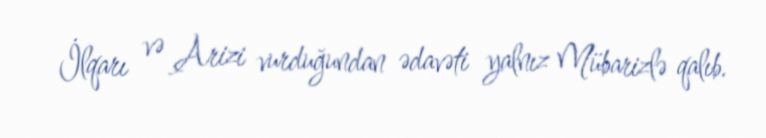
İlqarı və Arizi vurduğundan ədavəti yalnız Mübarizlə qalıb.